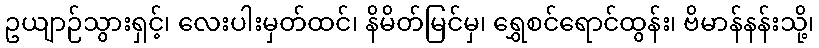
ဥယျာဉ်သွားရှင့်၊ လေးပါးမှတ်ထင်၊ နိမိတ်မြင်မှ၊ ရွှေစင်ရောင်ထွန်း၊ ဗိမာန်နန်းသို့၊